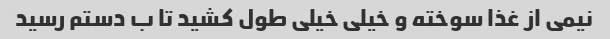
نیمی از غذا سوخته و خیلی خیلی طول کشید تا ب دستم رسید